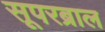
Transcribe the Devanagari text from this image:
सूपरब्राल